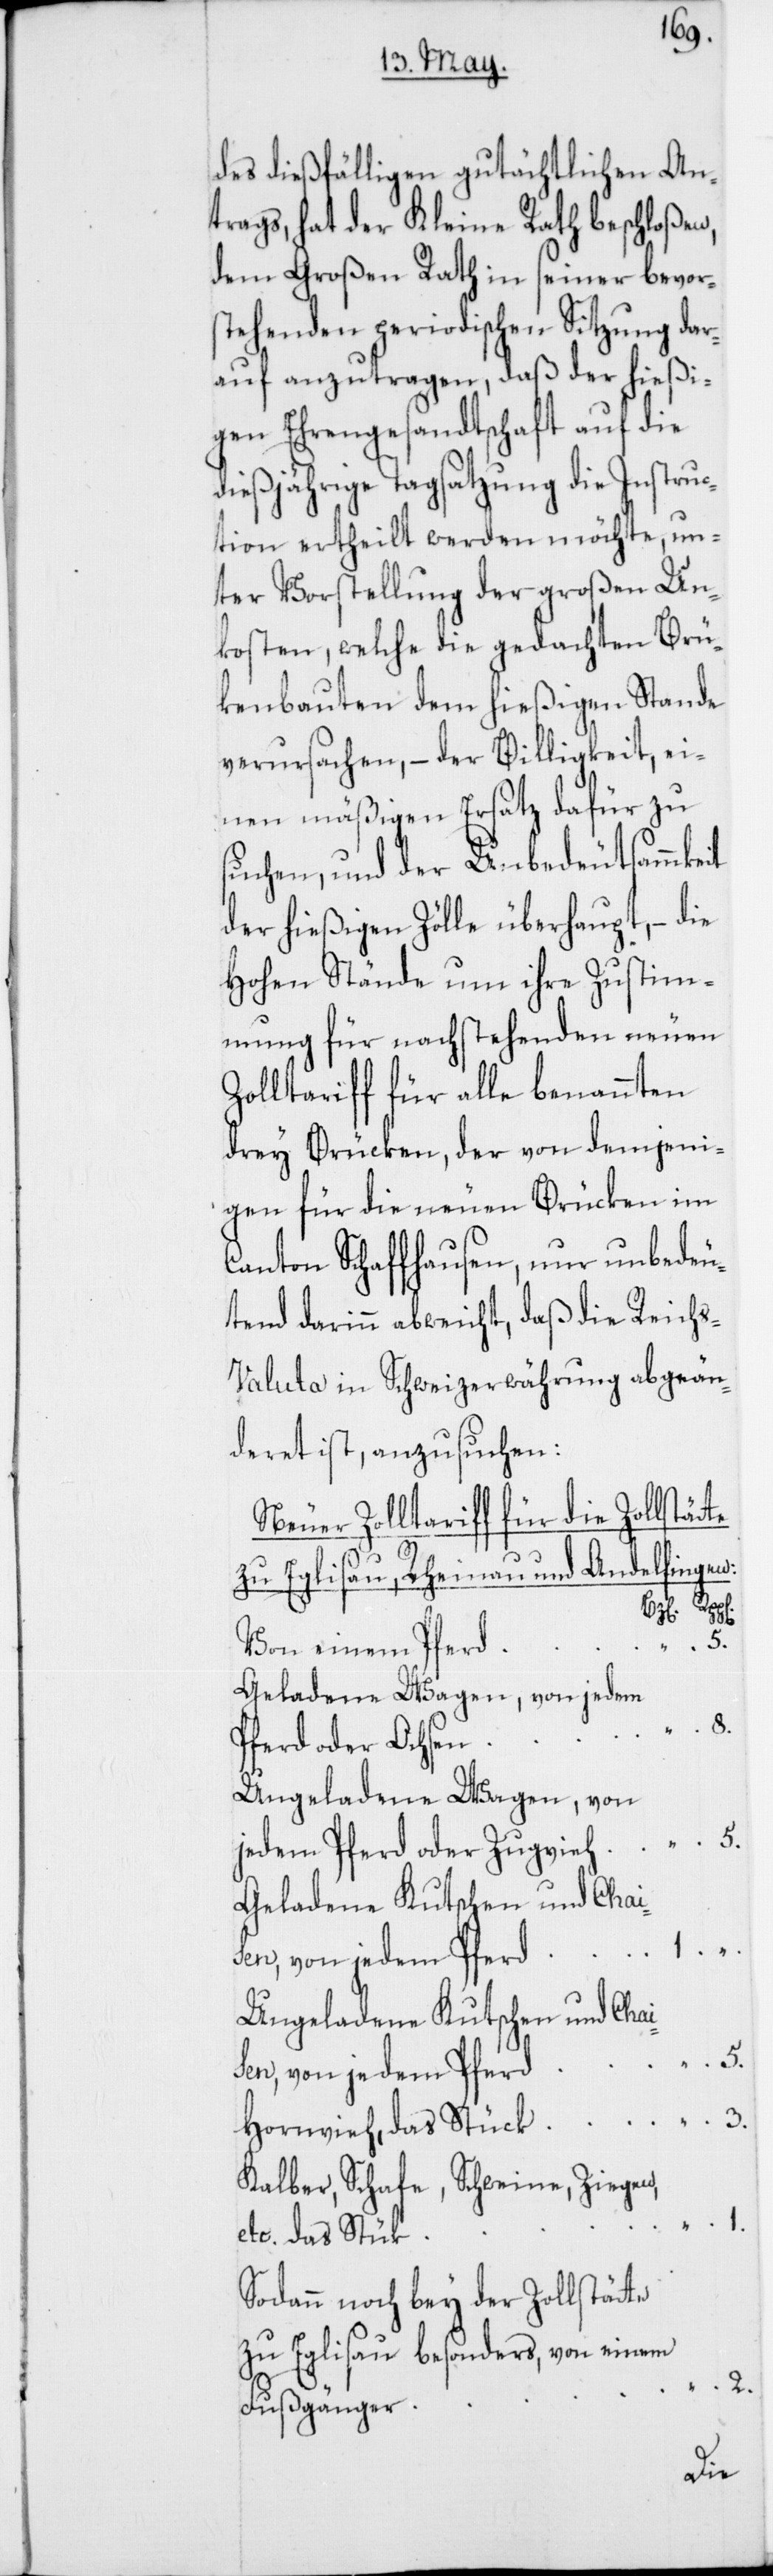
des dießfälligen gutächtlichen An¬
trags, hat der Kleine Rath beschloßen,
dem Großen Rath in seiner bevor¬
stehenden periodischen Sitzung dar¬
auf anzutragen, daß der hießi¬
gen Ehrengesandtschaft auf die
dießjährige Tagsatzung die Instruc¬
tion ertheilt werden möchte, un¬
ter Vorstellung der großen Un¬
kosten, welche die gedachten Brü¬
kenbauten dem hießigen Stande
verursachen, – der Billigkeit, ei¬
nen mäßigen Ersatz dafür zu
suchen, und der Unbedeutsammkeit
der hießigen Zölle überhaupt, – die
Hohen Stände um ihre Zustim¬
mung für nachstehenden neuen
Zolltariff für alle benannten
drey Brücken, der von demjeni¬
gen für die neuen Brücken im
Canton Schaffhausen, nur unbedeu¬
tend darinn abweicht, daß die Reich¬
s-Valuta in Schweizerwährung abgeän¬
deret ist, anzusuchen:
Neuer Zolltariff für die Zollstätte
zu Eglisau, Rheinau und Andelfingen:
Von einem Pferd
Geladene Wagen, von jedem
3.
Pferd oder Ochsen
Ungeladene Wagen, von
5.
jedem Pferd oder Zugvieh
Geladene Kutschen und Chai¬
sen, von jedem Pferd
Ungeladene Kutschen und Chais¬
en, von jedem Pferd
5.
Hornvieh, das Stück
Kalber, Schafe, Schweine, Ziegen,
1.
etc., das Stück
Sodann noch bey der Zollstätte
zu Eglisau besonders, von einem
Fußgänger

2.